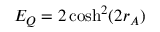
E _ { Q } = 2 \cosh ^ { 2 } ( 2 r _ { A } )